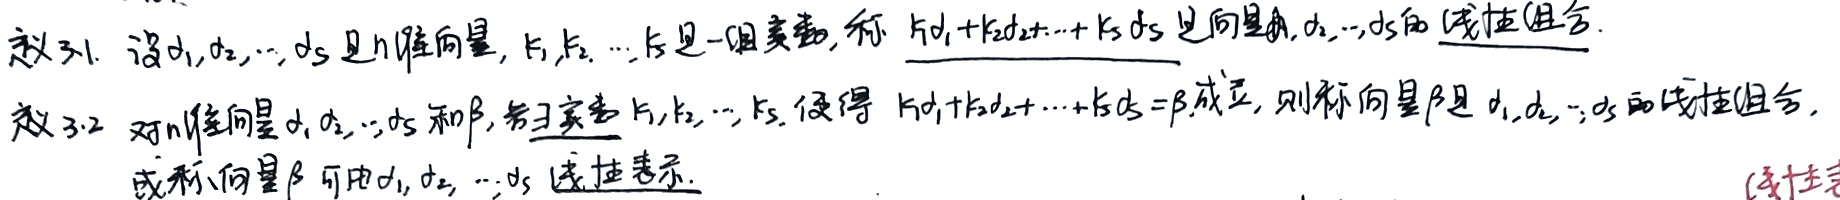
定义3.1 设\(\alpha_1,\alpha_2,\cdots,\alpha_s\)是\(n\)维向量，\(k_1,k_2,\cdots,k_s\)是一组实数，称 \(k_1\alpha_1 + k_2\alpha_2+\cdots + k_s\alpha_s\) 是向量\(\alpha_1,\alpha_2,\cdots,\alpha_s\)的 线性组合.
定义3.2 对\(n\)维向量\(\alpha_1,\alpha_2,\cdots,\alpha_s\)和\(\beta\)，若\(\exists\)实数 \(k_1,k_2,\cdots,k_s\)，使得 \(k_1\alpha_1 + k_2\alpha_2+\cdots + k_s\alpha_s=\beta\)成立，则称向量\(\beta\)是\(\alpha_1,\alpha_2,\cdots,\alpha_s\)的线性组合，
或称向量\(\beta\)可由\(\alpha_1,\alpha_2,\cdots,\alpha_s\)线性表示.  （线性表）